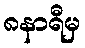
၈နာရီမှ